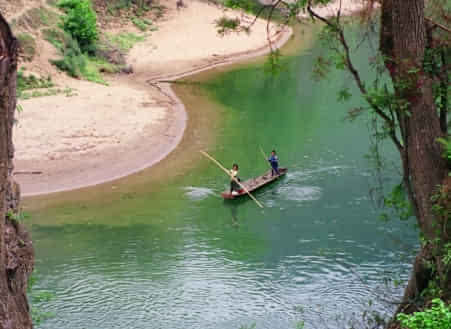
城上风光莺语乱，城下烟波春拍岸。